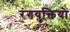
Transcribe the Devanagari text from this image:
रंगयुक्तियों